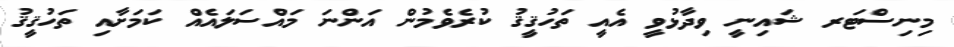
މިނިސްޓަރ ޝައިނީ ވިދާޅުވީ އެއީ ތަހުޤީޤު ކުރެވެމުން އަންނަ މައްސަލައެއް ކަމަށާއި ތަހުޤީޤު